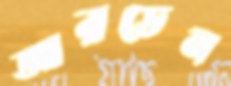
আরডেন